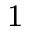
_ { 1 }